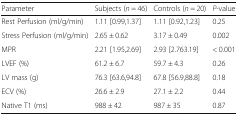
<table><thead><tr><td><b>Parameter</b></td><td><b>Subjects (<i>n</i> = 46)</b></td><td><b>Controls (<i>n</i> = 20)</b></td><td><b><i>P</i>-value</b></td></tr></thead><tbody><tr><td>Rest Perfusion (ml/g/min)</td><td>1.11 [0.99,1.37]</td><td>1.11 [0.92,1.23]</td><td>0.25</td></tr><tr><td>Stress Perfusion (ml/g/min)</td><td>2.65 ± 0.62</td><td>3.17 ± 0.49</td><td>0.002</td></tr><tr><td>MPR</td><td>2.21 [1.95,2.69]</td><td>2.93 [2.763.19]</td><td>&lt; 0.001</td></tr><tr><td>LVEF (%)</td><td>61.2 ± 6.7</td><td>59.7 ± 4.3</td><td>0.26</td></tr><tr><td>LV mass (g)</td><td>76.3 [63.6,94.8]</td><td>67.8 [56.9,88.8]</td><td>0.18</td></tr><tr><td>ECV (%)</td><td>26.6 ± 2.9</td><td>27.1 ± 2.2</td><td>0.44</td></tr><tr><td>Native T1 (ms)</td><td>988 ± 42</td><td>987 ± 35</td><td>0.87</td></tr></tbody></table>